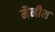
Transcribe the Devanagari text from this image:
मैनीश